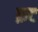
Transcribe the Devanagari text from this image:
क़ट